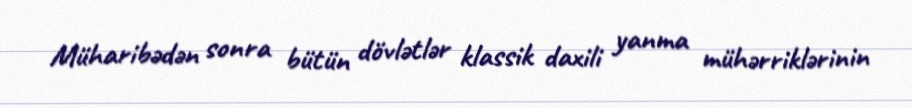
Müharibədən sonra bütün dövlətlər klassik daxili yanma mühərriklərinin